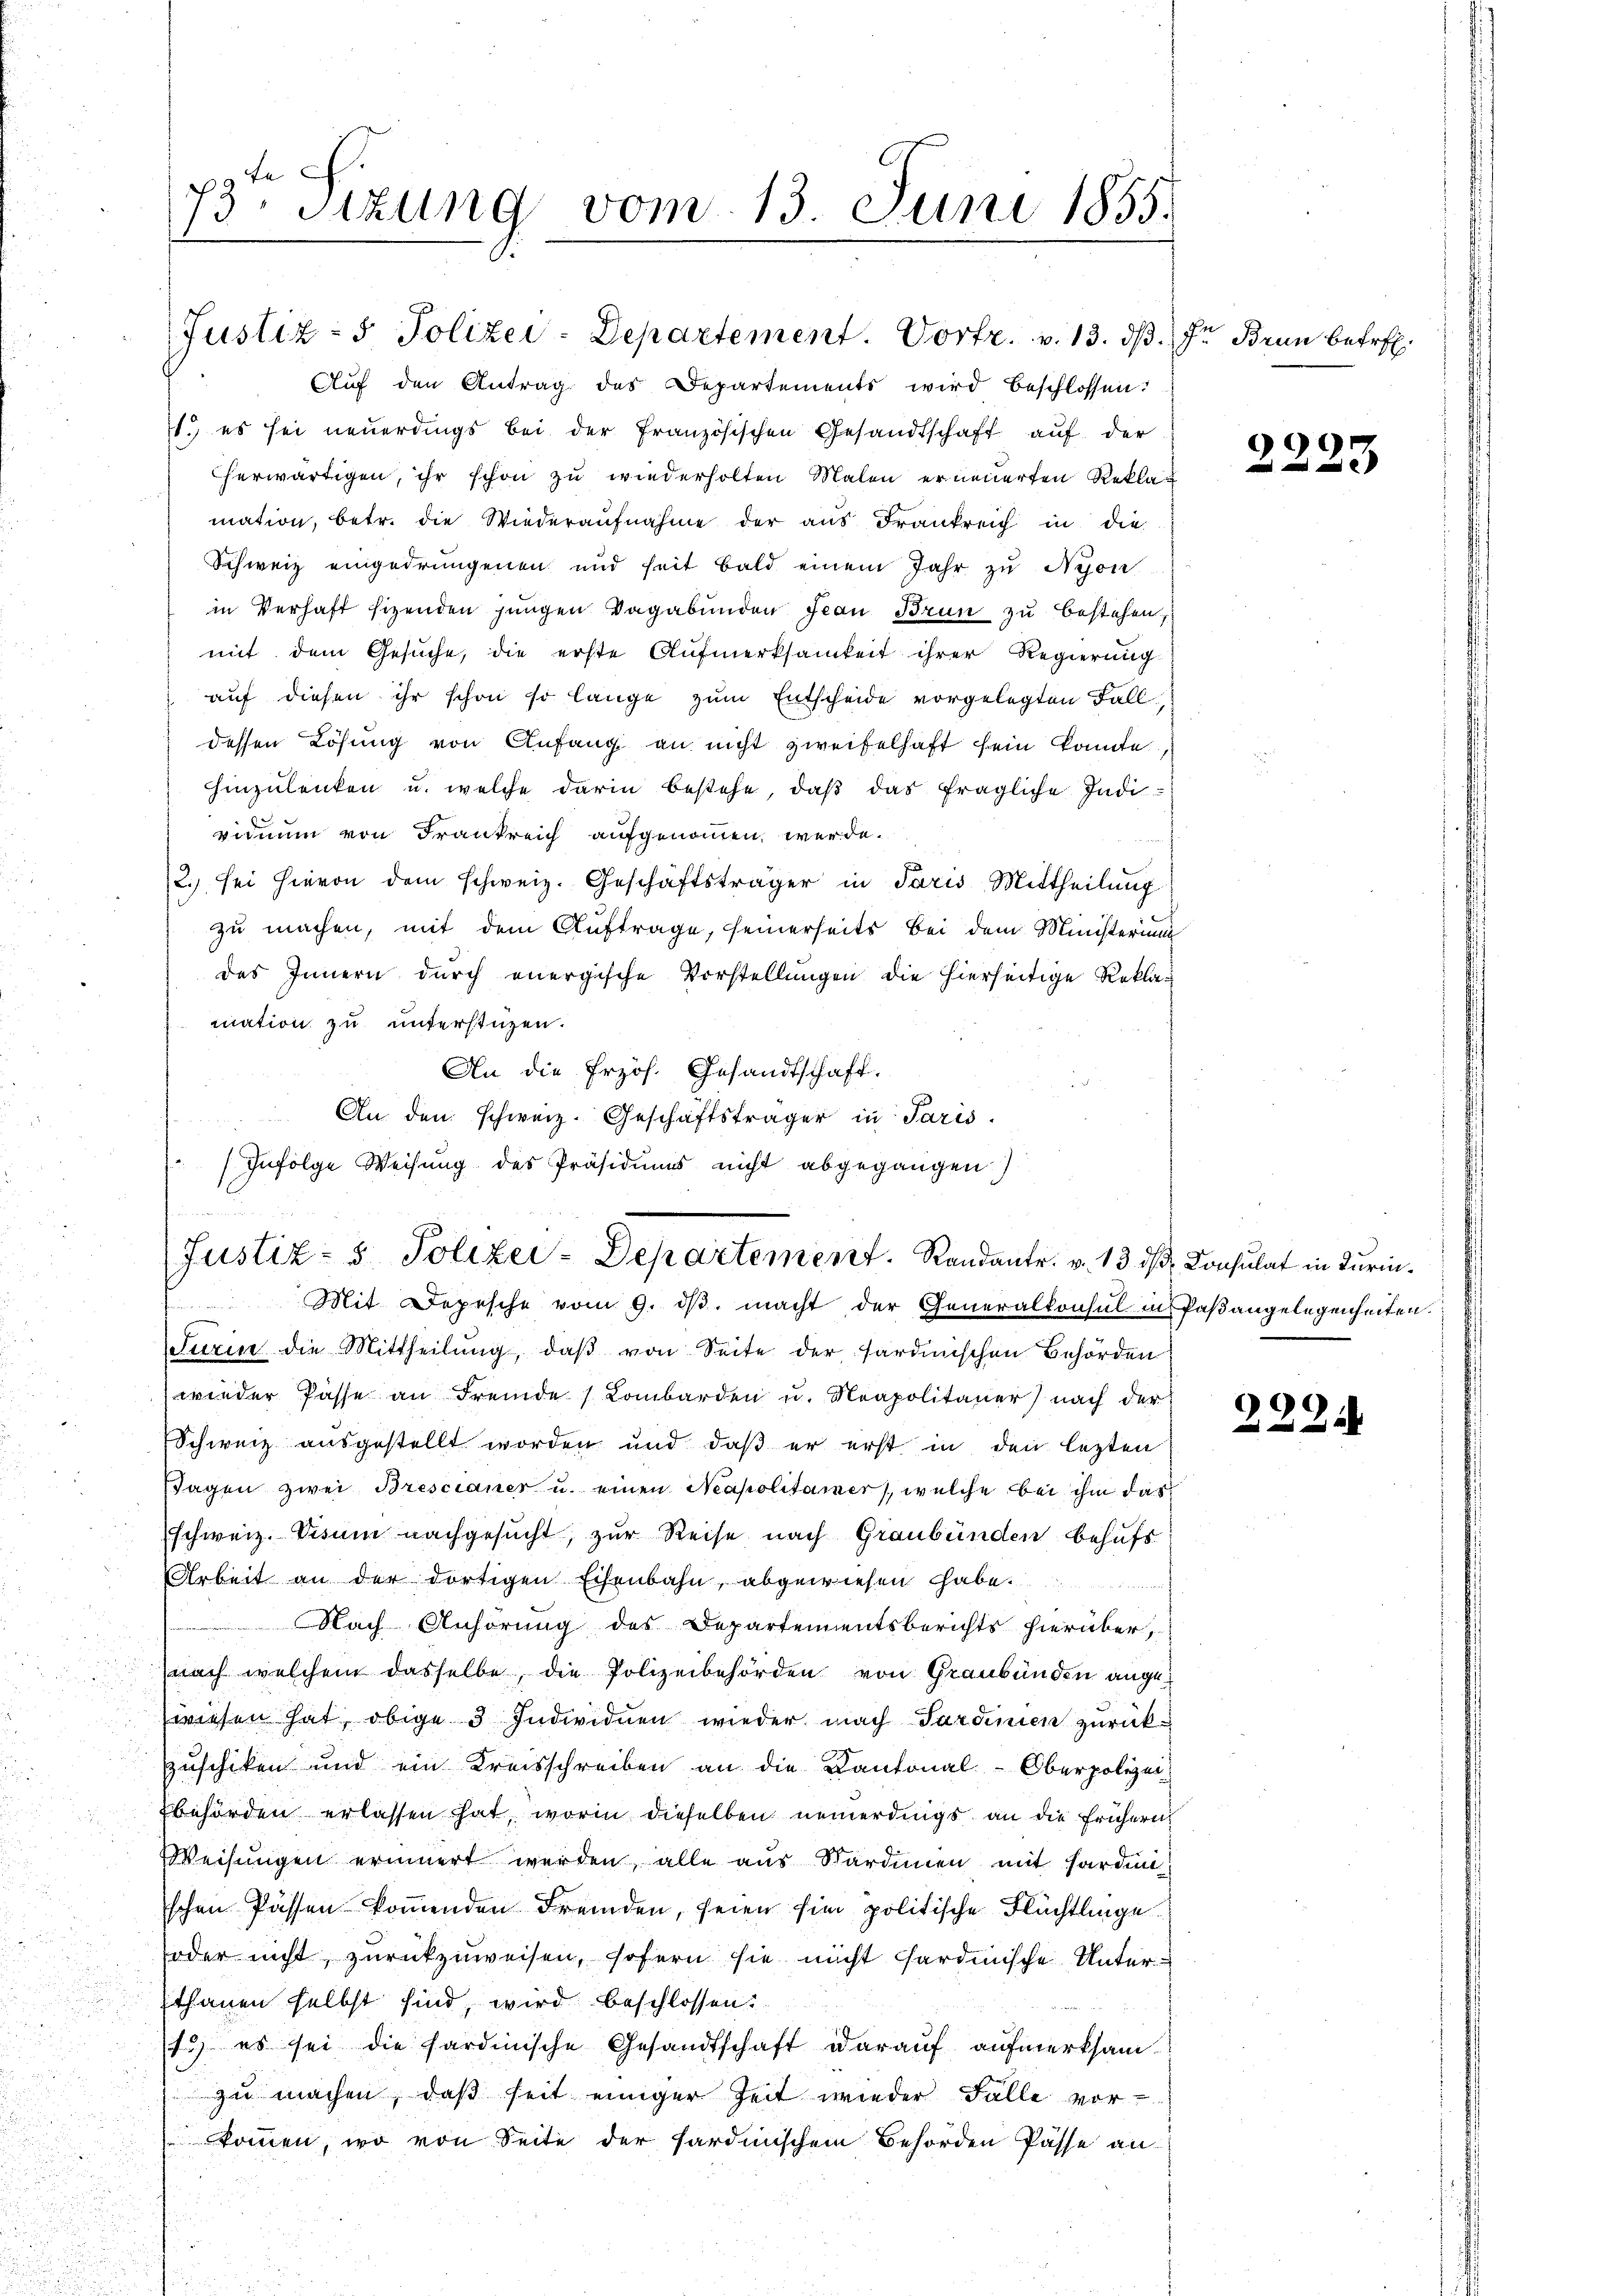
73. Sitzung vom 13. Juni 1855.

Justiz- & Polizei-Departement. Vortr. v. 13. ds.
Aŭf den Antrag des Departements wird beschlossen:
1.) es sei neuerdings bei der französischen Gesandtschaft auf der
herwärtigen, ihr schon zu wiederholten Malen erneuerten Reklamation, betr. die Wiederaufnahme der aus Frankreich in die
Schweiz eingedrungenen und heit bald einem Jahr zu Nyon
in Verhaft sizenden jungen Vagabunden Frau Brun zu bestehen,
mit dem Gesuche, die erste Aufmerksamkeit ihrer Regierung
auf diesen ihr schon so lange zum Entscheide vorgelegten Fall
dessen Lösung von Anfang an nicht zweifelhaft sein konnte,
hinzulenken u. welche darin bestehe, daß das fragliche Indivicium von Frankreich aufgenommen werde.
2.) sei hievon dem schweiz. Geschäftsträger in Paris Mittheilung
zu machen, mit dem Auftrage, seinerseits bei dem Ministerium
des Innern durch energische Vorstellungen die hierseitige Reklamation zu unterstüzen.
An die frzös. Gesandtschaft.
d
Turin die Mittheilung, daβ von Seite der sardinischen Behörden
wieder Pässe an Fremde Lombarden u. Neapolitaner) nach der
Schweiz ausgestellt worden und daß er erst in den lezten
Tagen zwei Brescianer u. einen Neapolitainer welche bei ihm das
schweiz. Visum nachgesucht, zur Reise nach Graubünden behufs
Arbeit an der dortigen Eisenbahn, abgewiesen habe.
Nach Anhörung des Departementsberichts hierüber,
nach welchem dasselbe, die Polizeibehörden von Graubünden angewiesen hat, obige 3 Individuen wieder nach Sardinien zurückzuschiken und ein Kreisschreiben an die Kantonal-Oberpolizei-
behörden erlassen hat, worin dieselben neuerdings an die frühern
Weisungen erinnert werden, alle aus Sardinien mit Sardin
schen Passen kommenden Fremden, seien sie politische Flüchtlinge
oder nicht, zurückzuweisen, sofern sie nicht sardinische Unterthanen selbst sind, wird beschlossen:
13.) es sei die Sardinische Gesandtschaft darauf aufmerksam.
zu machen, daß seit einiger Zeit wieder Falle vor-
kommen, wo von Seite der Pardinischem Behörden Pässe an

An den schweiz. Geschäftsträger in Paris.
Infolge Weisung des Präsidiums nicht abgegangen)
(Justiz- & Polizei-Departement. Randantr. v. 13 des Consulat in Turin¬
Mit Depesche vom 9. ds. macht der Generalkonsul in Paßangelegenheiten.

Ie Brun betref¬

2223

99
.